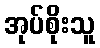
အုပ်စိုးသူ